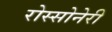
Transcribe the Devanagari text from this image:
रोस्सोनेरी